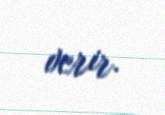
verir.